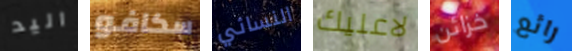
اليد سكافو النسائي لاعليك خزائن رائع